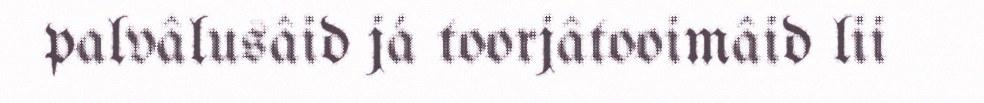
palvâlusâid já toorjâtooimâid lii